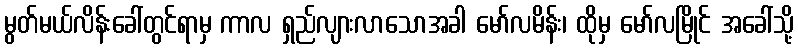
မွတ်မယ်လိန်းခေါ်တွင်ရာမှ ကာလ ရှည်လျားလာသောအခါ မော်လမိန်း၊ ထိုမှ မော်လမြိုင် အခေါ်သို့